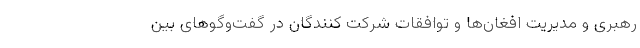
رهبری و مدیریت افغان‌ها و توافقات شرکت کنندگان در گفت‌وگو‌های بین